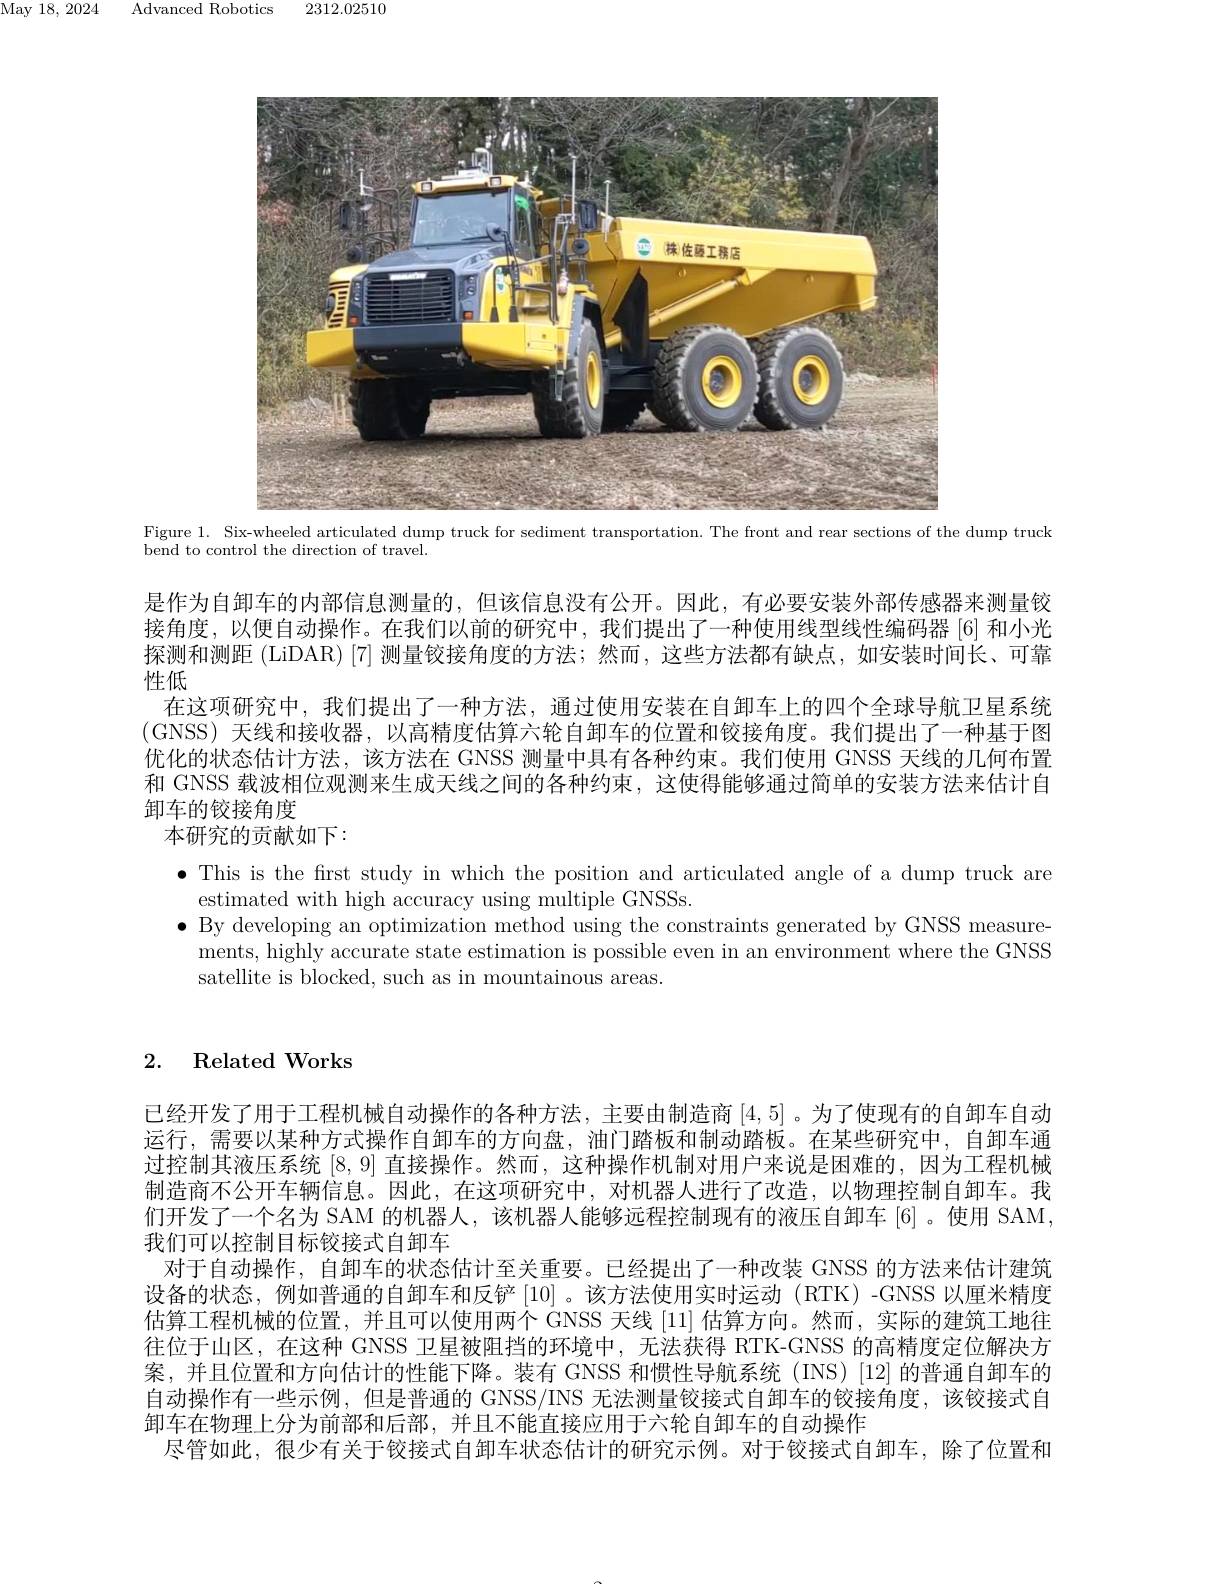
Advanced Robotics

${\mathrm{May~18,~2024}}$

2312.02510

<FigureHere>
$\begin{array}{l}\text{Figure 1. Six-wheeled articulated dump truck for sediment transportation. The front and rear sections of the dump truck}\\\text{bend to control the direction of travel.}\end{array}$

是作为自卸车的内部信息测量的，但该信息没有公开。因此，有必要安装外部传感器来测量铰接角度，以便自动操作。在我们以前的研究中，我们提出了一种使用线型线性编码器[6]和小光探测和测距 (LiDAR)[7] 测量铰接角度的方法；然而，这些方法都有缺点，如安装时间长、可靠性低
在这项研究中，我们提出了一种方法，通过使用安装在自卸车上的四个全球导航卫星系统(GNSS)天线和接收器，以高精度估算六轮自卸车的位置和铰接角度。我们提出了一种基于图优化的状态估计方法，该方法在 GNSS 测量中具有各种约束。我们使用 GNSS 天线的几何布置和 GNSS 载波相位观测来生成天线之间的各种约束，这使得能够通过简单的安装方法来估计自卸车的铰接角度
本研究的贡献如下：
$\bullet$ This is the frst study in which the position and articulated angle of a dump truck are
estimated with high accuracy using multiple GNSSs.
$\bullet$ By developing an optimization method using the constraints generated by GNSS measure-
ments, highly accurate state estimation is possible even in an environment where the GNSS
satellite is blocked, such as in mountainous areas.

2. Related Works

已经开发了用于工程机械自动操作的各种方法，主要由制造商[4,5] 。为了使现有的自卸车自动运行，需要以某种方式操作自卸车的方向盘，油门踏板和制动踏板。在某些研究中，自卸车通过控制其液压系统[8,9]直接操作。然而，这种操作机制对用户来说是困难的，因为工程机械制造商不公开车辆信息。因此，在这项研究中，对机器人进行了改造，以物理控制自卸车。我们开发了一个名为 SAM 的机器人，该机器人能够远程控制现有的液压自卸车[6]。使用 SAM, 我们可以控制目标铰接式自卸车
对于自动操作，自卸车的状态估计至关重要。已经提出了一种改装 GNSS 的方法来估计建筑设备的状态，例如普通的自卸车和反铲[10] 。该方法使用实时运动 (RTK)-GNSS 以厘米精度估算工程机械的位置，并且可以使用两个 GNSS 天线 [11] 估算方向。然而，实际的建筑工地往往位于山区，在这种 GNSS 卫星被阻挡的环境中，无法获得 RTK-GNSS 的高精度定位解决方案，并且位置和方向估计的性能下降。装有 GNSS 和惯性导航系统(INS)[12]的普通自卸车的自动操作有一些示例，但是普通的 GNSS/INS 无法测量铰接式自卸车的铰接角度，该铰接式自卸车在物理上分为前部和后部，并且不能直接应用于六轮自卸车的自动操作
尽管如此，很少有关于铰接式自卸车状态估计的研究示例。对于铰接式自卸车，除了位置和